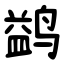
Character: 鹢